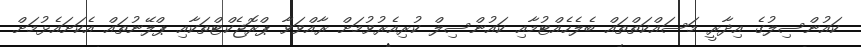
ކައުންސިލުގެ އިދާރީ މަސައްކަތްތައް ބެލެހެއްޓުމާއި ކައުންސިލް ކުރިއެރުވުމަށް ރާއްވަވާ ޕްރޮޖެކްޓްތަކާއި ޕްލޭނުތައް އެކަށައެޅުމަށް